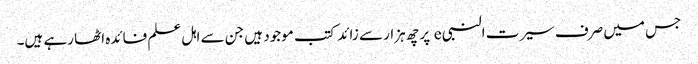
جس میں صرف سیرت النبی e پر چھ ہزار سے زائد کتب موجود ہیں جن سے اہل علم فائدہ اٹھا رہے ہیں۔